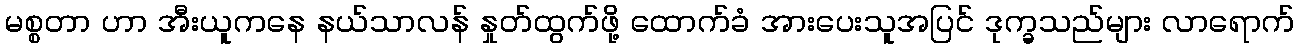
မစ္စတာ ဟာ အီးယူကနေ နယ်သာလန် နှုတ်ထွက်ဖို့ ထောက်ခံ အားပေးသူအပြင် ဒုက္ခသည်များ လာရောက်